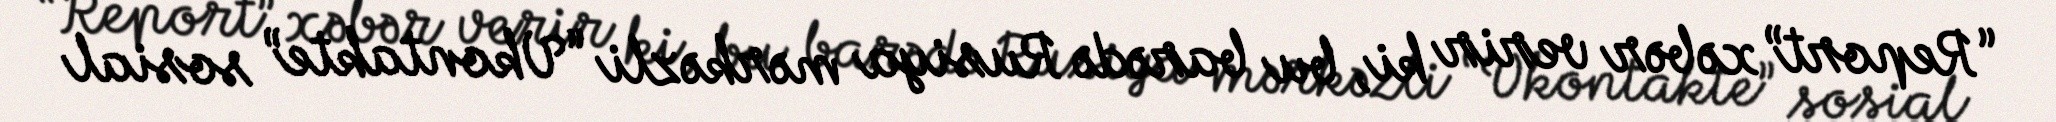
“Report” xəbər verir ki, bu barədə Rusiya mərkəzli “Vkontakte” sosial